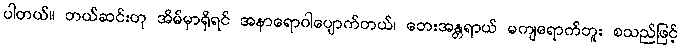
ပါတယ်။ ဘယ်ဆင်းတု အိမ်မှာရှိရင် အနာရောဂါပျောက်တယ်၊ ဘေးအန္တရာယ် မကျရောက်ဘူး စသည်ဖြင့်